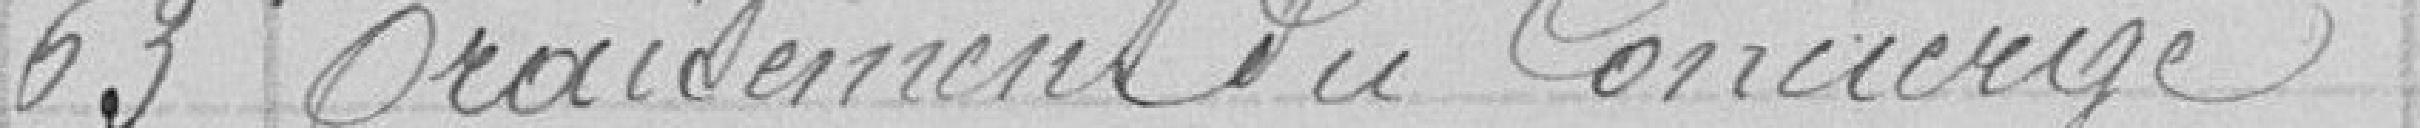
63 Traitement du Concierge